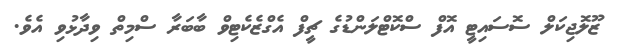
ޒޫލޮޖިކަލް ސޮސައިޓީ އޮފް ސްކޮޓްލަންޑުގެ ޗީފް އެގްޒެކެޓިވް ބާބަރާ ސްމިތް ވިދާޅުވި އެވެ.